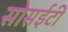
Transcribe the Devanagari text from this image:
सोसईटी